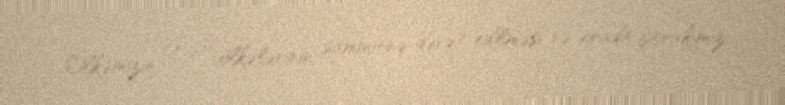
Ölkəmizin G-20 ölkələrinin sammitinə dəvət edilməsi və orada iştirakımız